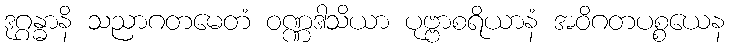
ဒုဂ္ဂန္ဓာနိ သညာဂတမေတံ ဝဏ္ဏဒါသိယာ ပုဗ္ဗာစရိယာနံ အဝိဂတပစ္စယေန